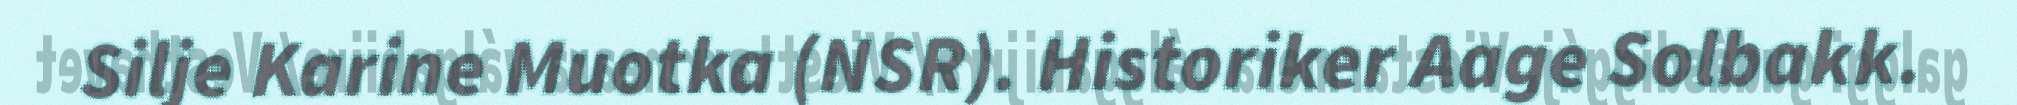
Silje Karine Muotka (NSR). Historiker Aage Solbakk.